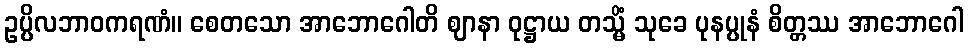
ဥပ္ပိလဘာဝကရဏံ။ စေတသော အာဘောဂေါတိ ဈာနာ ဝုဋ္ဌာယ တသ္မိံ သုခေ ပုနပ္ပုနံ စိတ္တဿ အာဘောဂေါ